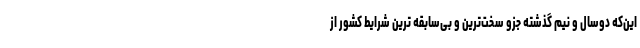
این‌که دوسال و نیم گذشته جزو سخت‌ترین و بی‌سابقه ترین شرایط کشور از